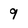
Character: 9